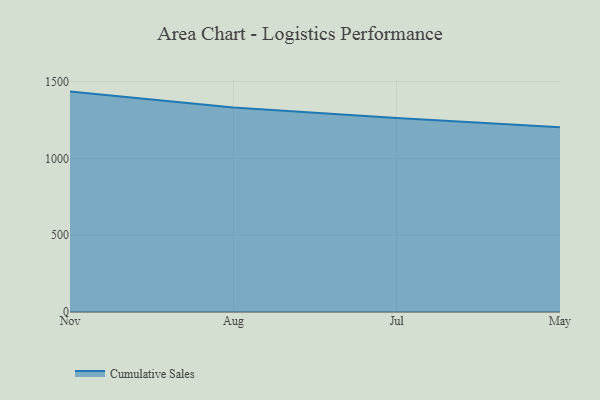
{"axis": {"x": "Month", "y": "Customer Acquisition Cost (USD)"}, "legend": ["Cumulative Sales"], "data": [{"x": "Nov", "y": 1435.3, "type": "Cumulative Sales"}, {"x": "Aug", "y": 1331.4, "type": "Cumulative Sales"}, {"x": "Jul", "y": 1263.0, "type": "Cumulative Sales"}, {"x": "May", "y": 1202.7, "type": "Cumulative Sales"}]}